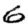
Digit: 6